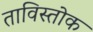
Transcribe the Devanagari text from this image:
ताविस्तोक